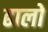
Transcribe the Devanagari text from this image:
ढालो